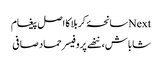
Nextسانحۂ کربلا کا اصل پیغام
شاباش، ننھے پروفیسر حماد صافی